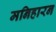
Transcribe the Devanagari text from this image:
मनिहारन